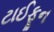
ટાઈફૂન